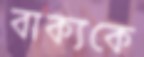
বাক্যকে